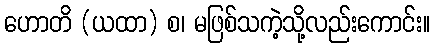
ဟောတိ (ယထာ) စ၊ မဖြစ်သကဲ့သို့လည်းကောင်း။